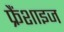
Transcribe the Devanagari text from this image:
फ्रैंशाइज